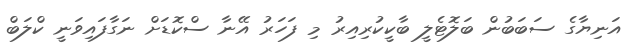
އަނިޔާގެ ސަބަބުން ބަލޮޓެލީ ބާކީކުރިއިރު މި ފަހަރު އޭނާ ސްކޮޑަށް ނަގާފައިވަނީ ކްލަބް